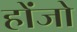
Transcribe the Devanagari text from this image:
होंजो